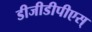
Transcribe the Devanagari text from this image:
डीजीडीपीएस्